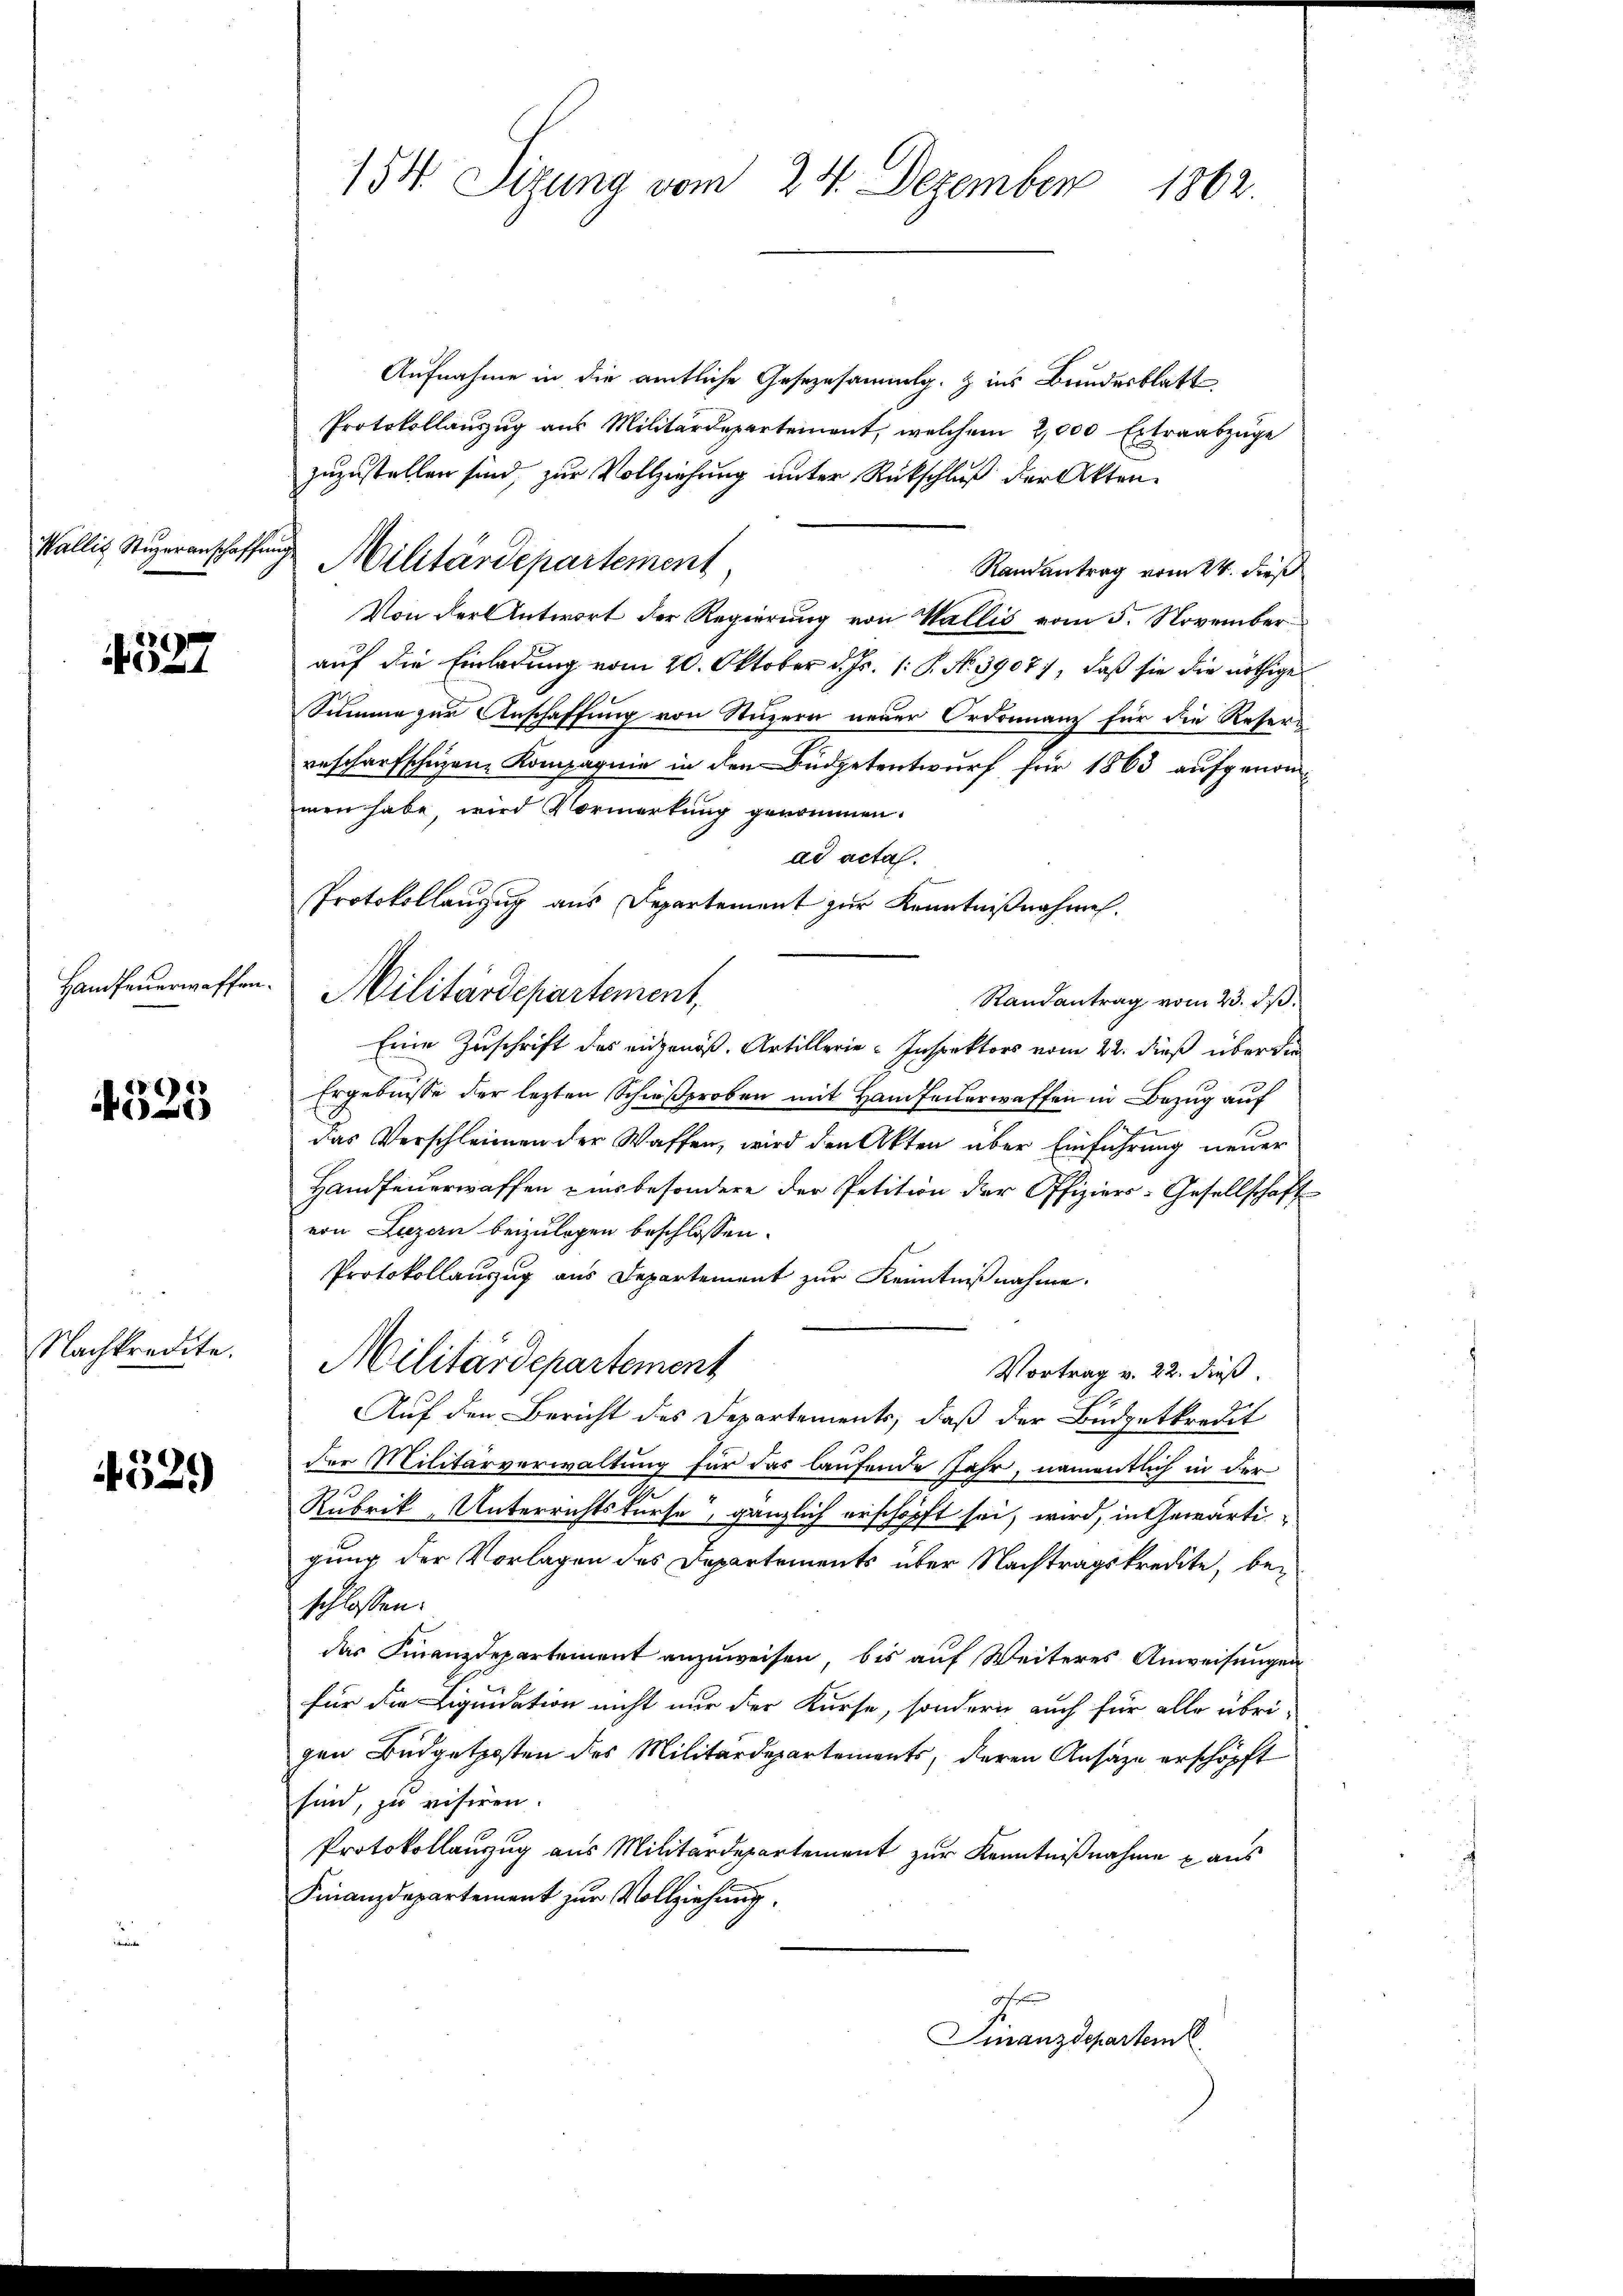
Wallis Superanschaffung,

f527

Handfeuerwaffen.

661
)

Nachkredite.

4529

Aufnahme in die amtliche Gesezesammlg. Zins Bundesblatt
Protokollauszug aus Militärdepartement, welchem 2,000 Extraabzüge
zuzustellen sind, zur Vollziehung unter Rückschluß der Akten.
Militärdepartement,
Randantrag vom 24. dieß
Von der Antwort der Regierung von Wallis vom 5. Novemberauf die Einladung vom 20. Oktober d. Js. 1: P. No. 3907), daß sie die nöthige
Summe zur Anschaffung von Stuzern neuer Ordonnanz für die Resers
rescharfscheizen Kompagnie in den Büdgetentwurf für 1863 aufgenommen habe, wird Vormerkung genommen.
ad acta.
Protokollanzug aus Departement zur Kenntnißnahmen.
Randantrag vom 23. dβ.
Eine Zuschrift des eingenöß. Artillerie-Inspektors vom 22. dieß über die
Ergebnisse der lezten Schießproben mit Hanfeuerwaffen in Bezug auf
das Verschleimen der Waffen, wird den Akten über Einführung neuer
Handfeuerwaffen zins besondere der Petition der Offiziers-Gesellschaft
von Luzern beizulegen beschlossen:
Protokollauszug aus Departement zur Kenntniβnahme.
Militärdepartement
Vortrag v. 22. dieß.
Auf den Bericht des Departements, daß der Büdgetkredit
der Militärverwaltung für das laufende Jahr, namentlich in der
Rubrik, Unterrichtskurse, gänzlich erschöpft sei, wird, in Gewärti
gung der Vorlagen des Departements über Nachtragskredite, beschlossen:
das Finanzdepartement anzuweisen, bis auf Weiteres Anweisungen
für die Liquidation nicht nur der Kurse, sondern auch für alle übri-
gen Budgetkosten des Militärdepartements, deren Ansätze erschöpft
sind, zu visiren.
Protokollanzug aus Militärdepartement zur Kenntnißnahme aus
Finanzdepartement zur Vollziehung.
Finanzdepartem

154 Sizung vom 24. Dezember 1862

Militärdepartement,